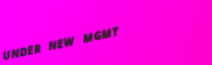
UNDER NEW MGMT